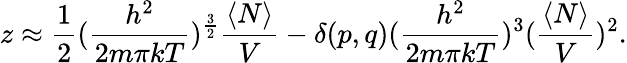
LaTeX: z\approx{\frac{1}{2}}({\frac{h^{2}}{2m\pi kT}})^{\frac{3}{2}}{\frac{\langle N\rangle}{V}}-\delta(p,q)({\frac{h^{2}}{2m\pi kT}})^{3}({\frac{\langle N\rangle}{V}})^{2}.